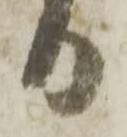
日